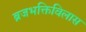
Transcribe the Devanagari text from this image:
ब्रजभक्तिविलास